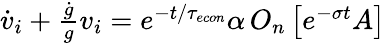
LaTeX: \begin{array}{r}{\dot{v}_{i}+\frac{\dot{g}}{g}v_{i}=e^{-t/{\tau_{econ}}}\alpha\, O_{n}\left[e^{-\sigma t}A\right]}\end{array}